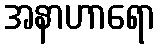
အနာဟာရော